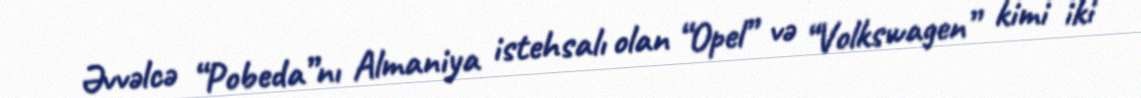
Əvvəlcə “Pobeda”nı Almaniya istehsalı olan “Opel” və “Volkswagen” kimi iki